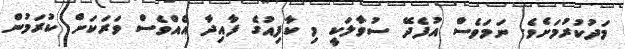
މަދުކުރުމަށެވެ. ނަމަވެސް އުފެދޭ ސުވާލަކީ މި ކާފިއުގެ ފާއިދާ އެއްވެސް ވަރަކަށް ކުރަމުން